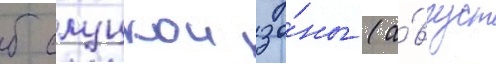
б слуцкои зо́ны (а́вгуст